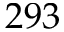
2 9 3